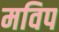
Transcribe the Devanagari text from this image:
मविप